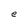
Character: e